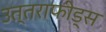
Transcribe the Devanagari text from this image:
उत्तराफीड्स